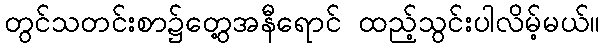
တွင်သတင်းစာ၌တွေ့အနီရောင် ထည့်သွင်းပါလိမ့်မယ်။